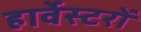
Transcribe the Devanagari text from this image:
हार्वेस्टरों